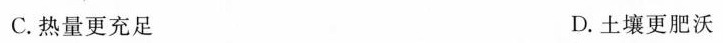
C.热量更充足 D.土壤更肥沃